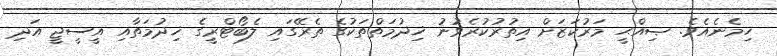
ހިމެނެއެވެ. ޞިއްޙީ މަރުކަޒަށް އިތުރުކުރެވުނު ޚިދުމަތްތަކުގެ ތެރޭގައި ލެބޯޓްރީގެ ޚިދުމަތާއި އީސީޖީ އަދި